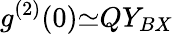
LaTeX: g^{(2)}(0){\simeq}QY_{BX}